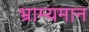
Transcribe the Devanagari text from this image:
भ्राम्यमान